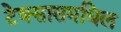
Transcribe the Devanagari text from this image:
टेक्सासमधिल